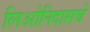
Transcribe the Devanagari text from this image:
लिओनिदासचे